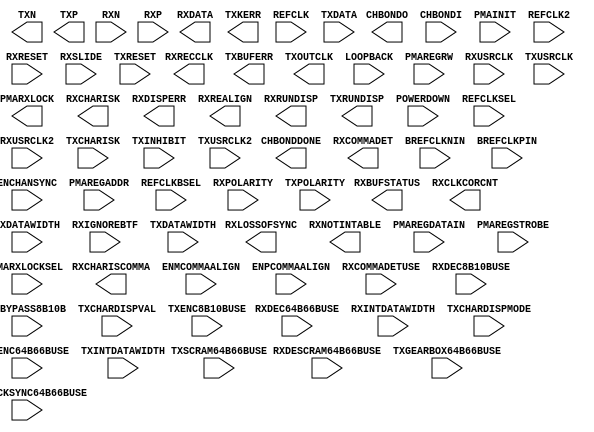
// $Header: /devl/xcs/repo/env/Databases/CAEInterfaces/verplex_libs/data/simprims/X_GT10.v,v 1.5.122.3 2004/09/28 20:47:45 wloo Exp $
//**************************************************************
//  Copyright (c) 2002 Xilinx Inc.  All Rights Reserved
//  Module Name  : X_GT10
//  Function     : Gigabit Transceiver
//  Site         : GT10
//  Spec Version : 1.3
//  Generated by : write_verilog
//**************************************************************

`timescale 1 ps / 1 ps 

module X_GT10 (
	CHBONDDONE,
	CHBONDO,
	PMARXLOCK,
	RXBUFSTATUS,
	RXCHARISCOMMA,
	RXCHARISK,
	RXCLKCORCNT,
	RXCOMMADET,
	RXDATA,
	RXDISPERR,
	RXLOSSOFSYNC,
	RXNOTINTABLE,
	RXREALIGN,
	RXRECCLK,
	RXRUNDISP,
	TXBUFERR,
	TXKERR,
	TXN,
	TXOUTCLK,
	TXP,
	TXRUNDISP,

	BREFCLKNIN,
	BREFCLKPIN,
	CHBONDI,
	ENCHANSYNC,
	ENMCOMMAALIGN,
	ENPCOMMAALIGN,
	LOOPBACK,
	PMAINIT,
	PMAREGADDR,
	PMAREGDATAIN,
	PMAREGRW,
	PMAREGSTROBE,
	PMARXLOCKSEL,
	POWERDOWN,
	REFCLK,
	REFCLK2,
	REFCLKBSEL,
	REFCLKSEL,
	RXBLOCKSYNC64B66BUSE,
	RXCOMMADETUSE,
	RXDATAWIDTH,
	RXDEC64B66BUSE,
	RXDEC8B10BUSE,
	RXDESCRAM64B66BUSE,
	RXIGNOREBTF,
	RXINTDATAWIDTH,
	RXN,
	RXP,
	RXPOLARITY,
	RXRESET,
	RXSLIDE,
	RXUSRCLK,
	RXUSRCLK2,
	TXBYPASS8B10B,
	TXCHARDISPMODE,
	TXCHARDISPVAL,
	TXCHARISK,
	TXDATA,
	TXDATAWIDTH,
	TXENC64B66BUSE,
	TXENC8B10BUSE,
	TXGEARBOX64B66BUSE,
	TXINHIBIT,
	TXINTDATAWIDTH,
	TXPOLARITY,
	TXRESET,
	TXSCRAM64B66BUSE,
	TXUSRCLK,
	TXUSRCLK2
);

parameter ALIGN_COMMA_WORD = 1;
parameter CHAN_BOND_LIMIT = 16;
parameter CHAN_BOND_MODE = "OFF";
parameter CHAN_BOND_ONE_SHOT = "FALSE";
parameter CHAN_BOND_SEQ_1_1 = 11'b00000000000;
parameter CHAN_BOND_SEQ_1_2 = 11'b00000000000;
parameter CHAN_BOND_SEQ_1_3 = 11'b00000000000;
parameter CHAN_BOND_SEQ_1_4 = 11'b00000000000;
parameter CHAN_BOND_SEQ_1_MASK = 4'b0000;
parameter CHAN_BOND_SEQ_2_1 = 11'b00000000000;
parameter CHAN_BOND_SEQ_2_2 = 11'b00000000000;
parameter CHAN_BOND_SEQ_2_3 = 11'b00000000000;
parameter CHAN_BOND_SEQ_2_4 = 11'b00000000000;
parameter CHAN_BOND_SEQ_2_MASK = 4'b0000;
parameter CHAN_BOND_SEQ_2_USE = "FALSE";
parameter CHAN_BOND_SEQ_LEN = 1;
parameter CHAN_BOND_64B66B_SV = "FALSE";
parameter CLK_COR_8B10B_DE = "FALSE";
parameter CLK_COR_MAX_LAT = 36;
parameter CLK_COR_MIN_LAT = 28;
parameter CLK_COR_SEQ_1_1 = 11'b00000000000;
parameter CLK_COR_SEQ_1_2 = 11'b00000000000;
parameter CLK_COR_SEQ_1_3 = 11'b00000000000;
parameter CLK_COR_SEQ_1_4 = 11'b00000000000;
parameter CLK_COR_SEQ_1_MASK = 4'b0000;
parameter CLK_COR_SEQ_2_1 = 11'b00000000000;
parameter CLK_COR_SEQ_2_2 = 11'b00000000000;
parameter CLK_COR_SEQ_2_3 = 11'b00000000000;
parameter CLK_COR_SEQ_2_4 = 11'b00000000000;
parameter CLK_COR_SEQ_2_MASK = 4'b0000;
parameter CLK_COR_SEQ_2_USE = "FALSE";
parameter CLK_COR_SEQ_DROP = "FALSE";
parameter CLK_COR_SEQ_LEN = 1;
parameter CLK_CORRECT_USE = "TRUE";
parameter COMMA_10B_MASK = 10'b0001111111;
parameter DEC_MCOMMA_DETECT = "TRUE";
parameter DEC_PCOMMA_DETECT = "TRUE";
parameter DEC_VALID_COMMA_ONLY = "TRUE";
parameter MCOMMA_10B_VALUE = 10'b1010000011;
parameter MCOMMA_DETECT = "TRUE";
parameter PCOMMA_10B_VALUE = 10'b0101111100;
parameter PCOMMA_DETECT = "TRUE";
parameter PMA_PWR_CNTRL = 8'b11111111;
parameter PMA_SPEED = "0_32";
parameter RX_BUFFER_USE = "TRUE";
parameter RX_LOS_INVALID_INCR = 1;
parameter RX_LOS_THRESHOLD = 4;
parameter RX_LOSS_OF_SYNC_FSM = "TRUE";
parameter SH_CNT_MAX = 64;
parameter SH_INVALID_CNT_MAX = 16;
parameter TX_BUFFER_USE = "TRUE";

output CHBONDDONE;
output [4:0] CHBONDO;
output PMARXLOCK;
output [1:0] RXBUFSTATUS;
output [7:0] RXCHARISCOMMA;
output [7:0] RXCHARISK;
output [2:0] RXCLKCORCNT;
output RXCOMMADET;
output [63:0] RXDATA;
output [7:0] RXDISPERR;
output [1:0] RXLOSSOFSYNC;
output [7:0] RXNOTINTABLE;
output RXREALIGN;
output RXRECCLK;
output [7:0] RXRUNDISP;
output TXBUFERR;
output [7:0] TXKERR;
output TXN;
output TXOUTCLK;
output TXP;
output [7:0] TXRUNDISP;

input BREFCLKNIN;
input BREFCLKPIN;
input [4:0] CHBONDI;
input ENCHANSYNC;
input ENMCOMMAALIGN;
input ENPCOMMAALIGN;
input [1:0] LOOPBACK;
input PMAINIT;
input [5:0] PMAREGADDR;
input [7:0] PMAREGDATAIN;
input PMAREGRW;
input PMAREGSTROBE;
input [1:0] PMARXLOCKSEL;
input POWERDOWN;
input REFCLK;
input REFCLK2;
input REFCLKBSEL;
input REFCLKSEL;
input RXBLOCKSYNC64B66BUSE;
input RXCOMMADETUSE;
input [1:0] RXDATAWIDTH;
input RXDEC64B66BUSE;
input RXDEC8B10BUSE;
input RXDESCRAM64B66BUSE;
input RXIGNOREBTF;
input [1:0] RXINTDATAWIDTH;
input RXN;
input RXP;
input RXPOLARITY;
input RXRESET;
input RXSLIDE;
input RXUSRCLK;
input RXUSRCLK2;
input [7:0] TXBYPASS8B10B;
input [7:0] TXCHARDISPMODE;
input [7:0] TXCHARDISPVAL;
input [7:0] TXCHARISK;
input [63:0] TXDATA;
input [1:0] TXDATAWIDTH;
input TXENC64B66BUSE;
input TXENC8B10BUSE;
input TXGEARBOX64B66BUSE;
input TXINHIBIT;
input [1:0] TXINTDATAWIDTH;
input TXPOLARITY;
input TXRESET;
input TXSCRAM64B66BUSE;
input TXUSRCLK;
input TXUSRCLK2;

endmodule